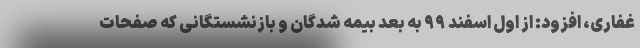
غفاری، افزود: از اول اسفند ۹۹ به بعد بیمه شدگان و بازنشستگانی که صفحات